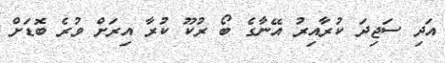
އަދި ސަޖިދަ ކުރާއިރު އޭނާގެ ބޯ ރުކޫ ކުރާ އިރަށް ވުރެ ބޮޑަށް